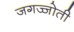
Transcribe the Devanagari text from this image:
जगज्जोती